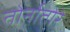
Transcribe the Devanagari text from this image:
तोर्नातोरे